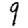
Digit: 9